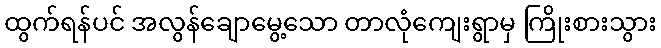
ထွက်ရန်ပင် အလွန်ချောမွေ့သော တာလုံကျေးရွာမှ ကြိုးစားသွား